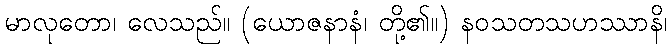
မာလုတော၊ လေသည်။ (ယောဇနာနံ၊ တို့၏။) နဝသတသဟဿာနိ၊